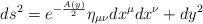
LaTeX: \begin{align*}ds^2 = e^{- \frac{A(y)}{2}} \eta_{\mu \nu} dx^{\mu} dx^{\nu} + dy^2\end{align*}